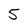
Character: 5